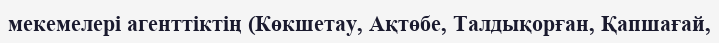
мекемелері агенттіктің (Көкшетау, Ақтөбе, Талдықорған, Қапшағай,